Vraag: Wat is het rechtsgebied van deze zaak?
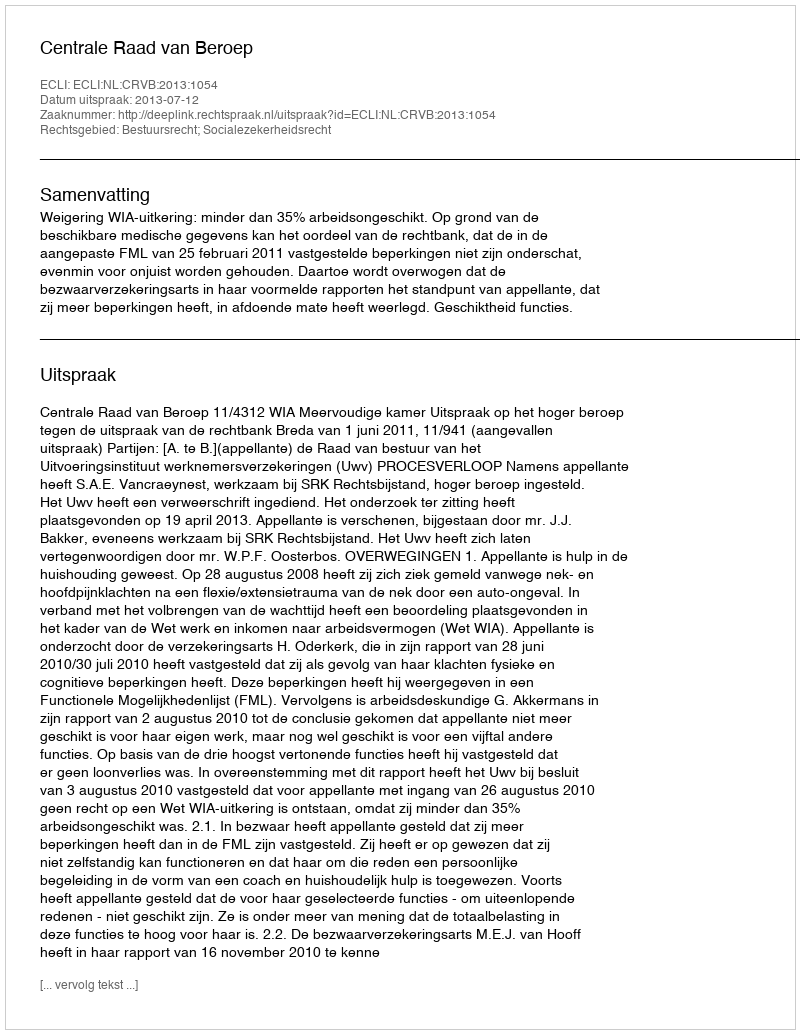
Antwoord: Bestuursrecht; Socialezekerheidsrecht